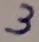
Text: 3